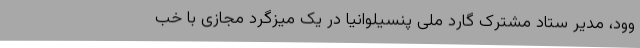
وود، مدیر ستاد مشترک گارد ملی پنسیلوانیا در یک میزگرد مجازی با خب